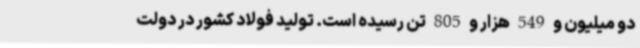
دو میلیون و 549 هزار و 805 تن رسیده است. تولید فولاد کشور در دولت